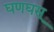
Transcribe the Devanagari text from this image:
घणघस्